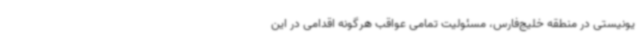
یونیستی در منطقه خلیج‌فارس، مسئولیت تمامی عواقب هرگونه اقدامی در این